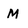
Character: M